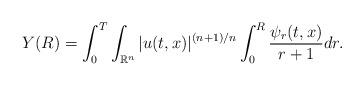
LaTeX: \begin{align*}Y(R)= \int_0^T \int_{\mathbb R^n} |u(t,x)|^{(n+1)/n} \int_0^R \frac{\psi_r(t,x)}{r+1} dr.\end{align*}